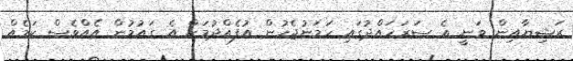
ރަޝިޔާއިން ވަނީ އެ ސަރަހައްދުގައި ހަމަނުޖެހުން އުފެއްދުމަށް އެ ގައުމުން އެއްވެސް ކަމެއް